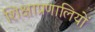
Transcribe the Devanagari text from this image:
शिक्षाप्रणालियों